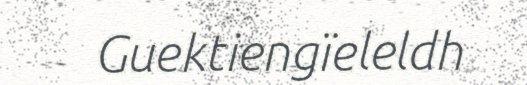
Guektiengïeleldh